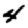
Digit: 4